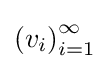
\left(v_{i}\right)_{i=1}^{\infty }